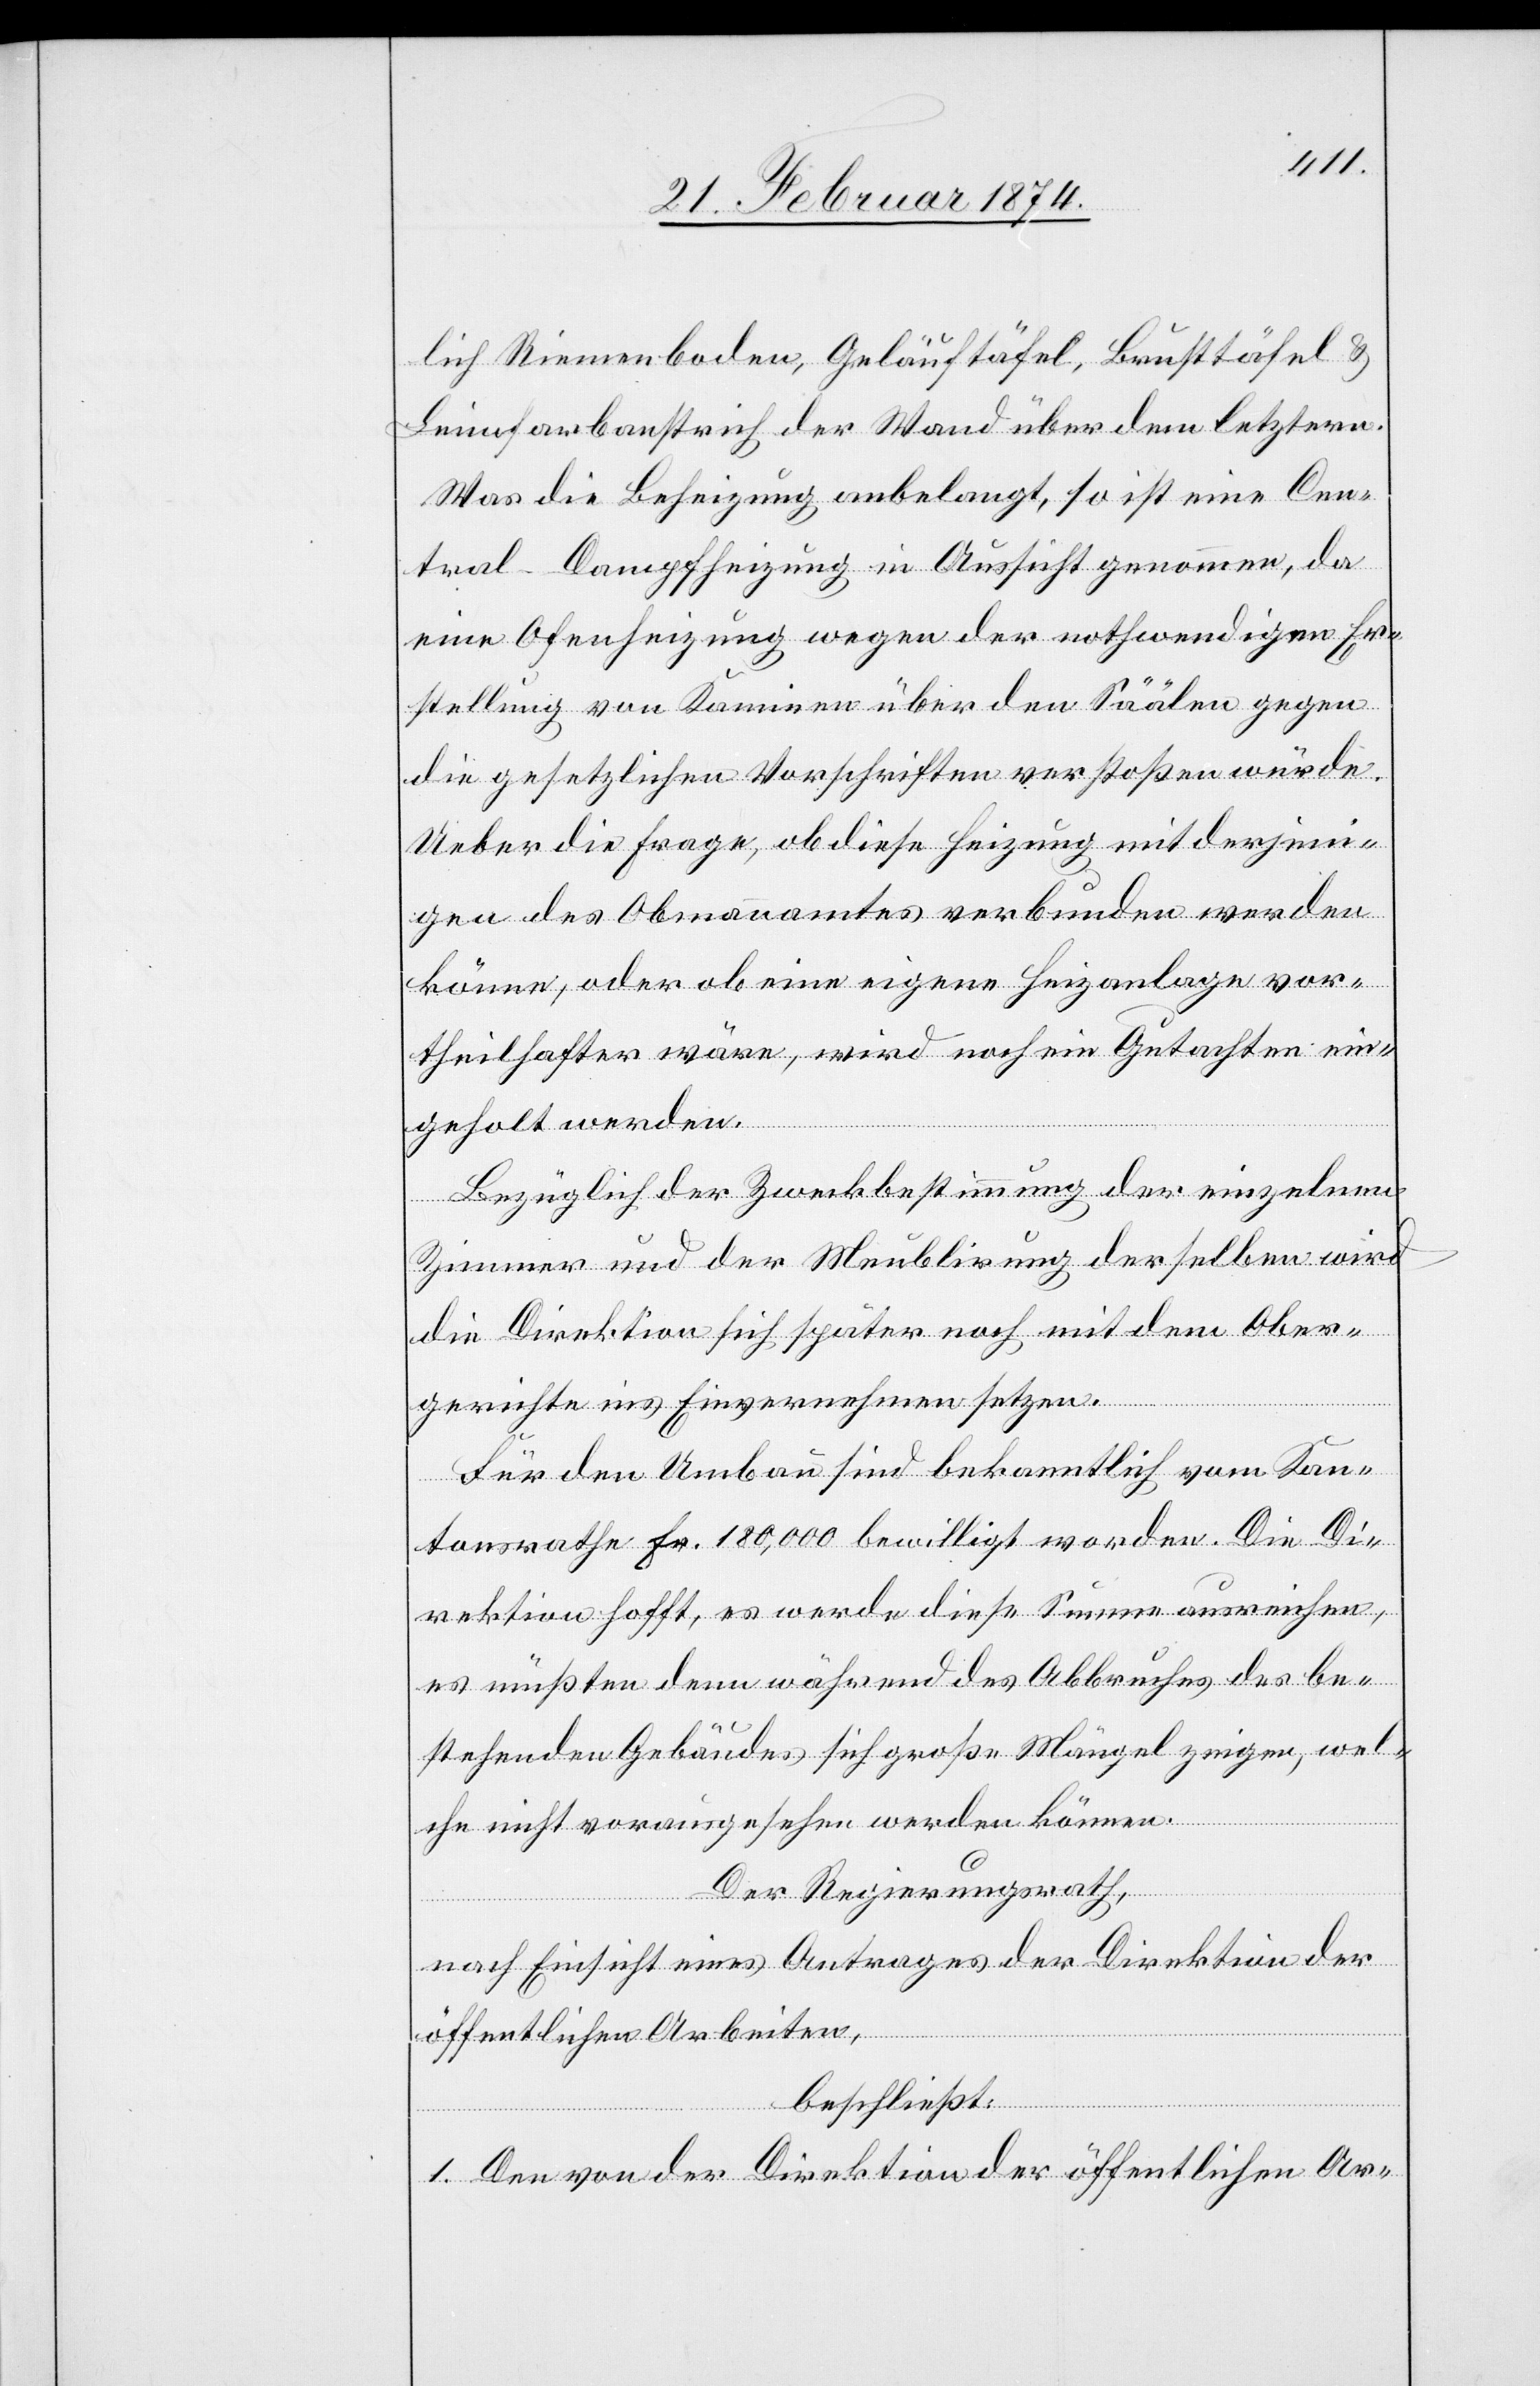
lich Riemenboden, Geläuftäfel, Brusttäfel u.
Leimfarbanstrich der Wand über dem letztern.
Was die Beheizung anbelangt, so ist eine Cen¬
tral-Dampfheizung in Aussicht genommen, da
eine Ofenheizung wegen der nothwendigen Er¬
stellung von Kaminen über den Säälen gegen
die gesetzlichen Vorschriften verstoßen würde.
Ueber die Frage, ob diese Heizung mit derjeni¬
gen des Obmannammtes verbunden werden
könne, oder ob eine eigene Heizanlage vor¬
theilhafter wäre, wird noch ein Gutachten ein¬
geholt werden.
Bezüglich der Zweckbestimmung der einzelnen
Zimmer und der Meublirung derselben wird
die Direktion sich später noch mit dem Ober¬
gerichte ins Einvernehmen setzen.
Für den Umbau sind bekanntlich vom Kan¬
tonsrathe Fr. 180,000 bewilligt worden. Die Di¬
rektion hofft, es werde diese Summe ausreichen,
es müßten denn während des Abbruches des be¬
stehenden Gebäudes sich große Mängel zeigen, wel¬
che nicht vorausgesehen werden können.
Der Regierungsrath,
nach Einsicht eines Antrages der Direktion der
öffentlichen Arbeiten,
beschließt:
1. Den von der Direktion der öffentlichen Ar-